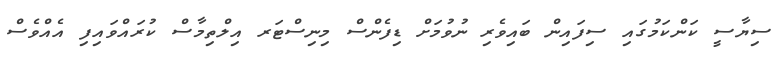
ސިޔާސީ ކަންކަމުގައި ސިފައިން ބައިވެރި ނުވުމަށް ޑިފެންސް މިނިސްޓަރ އިލްތިމާސް ކުރައްވައިފި އެއްވެސް